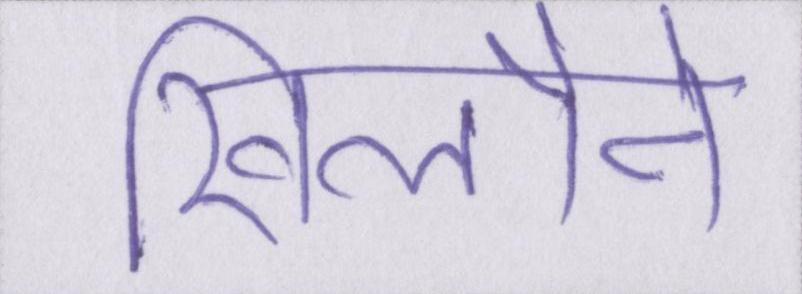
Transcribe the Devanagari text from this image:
खिलौने